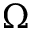
\Omega